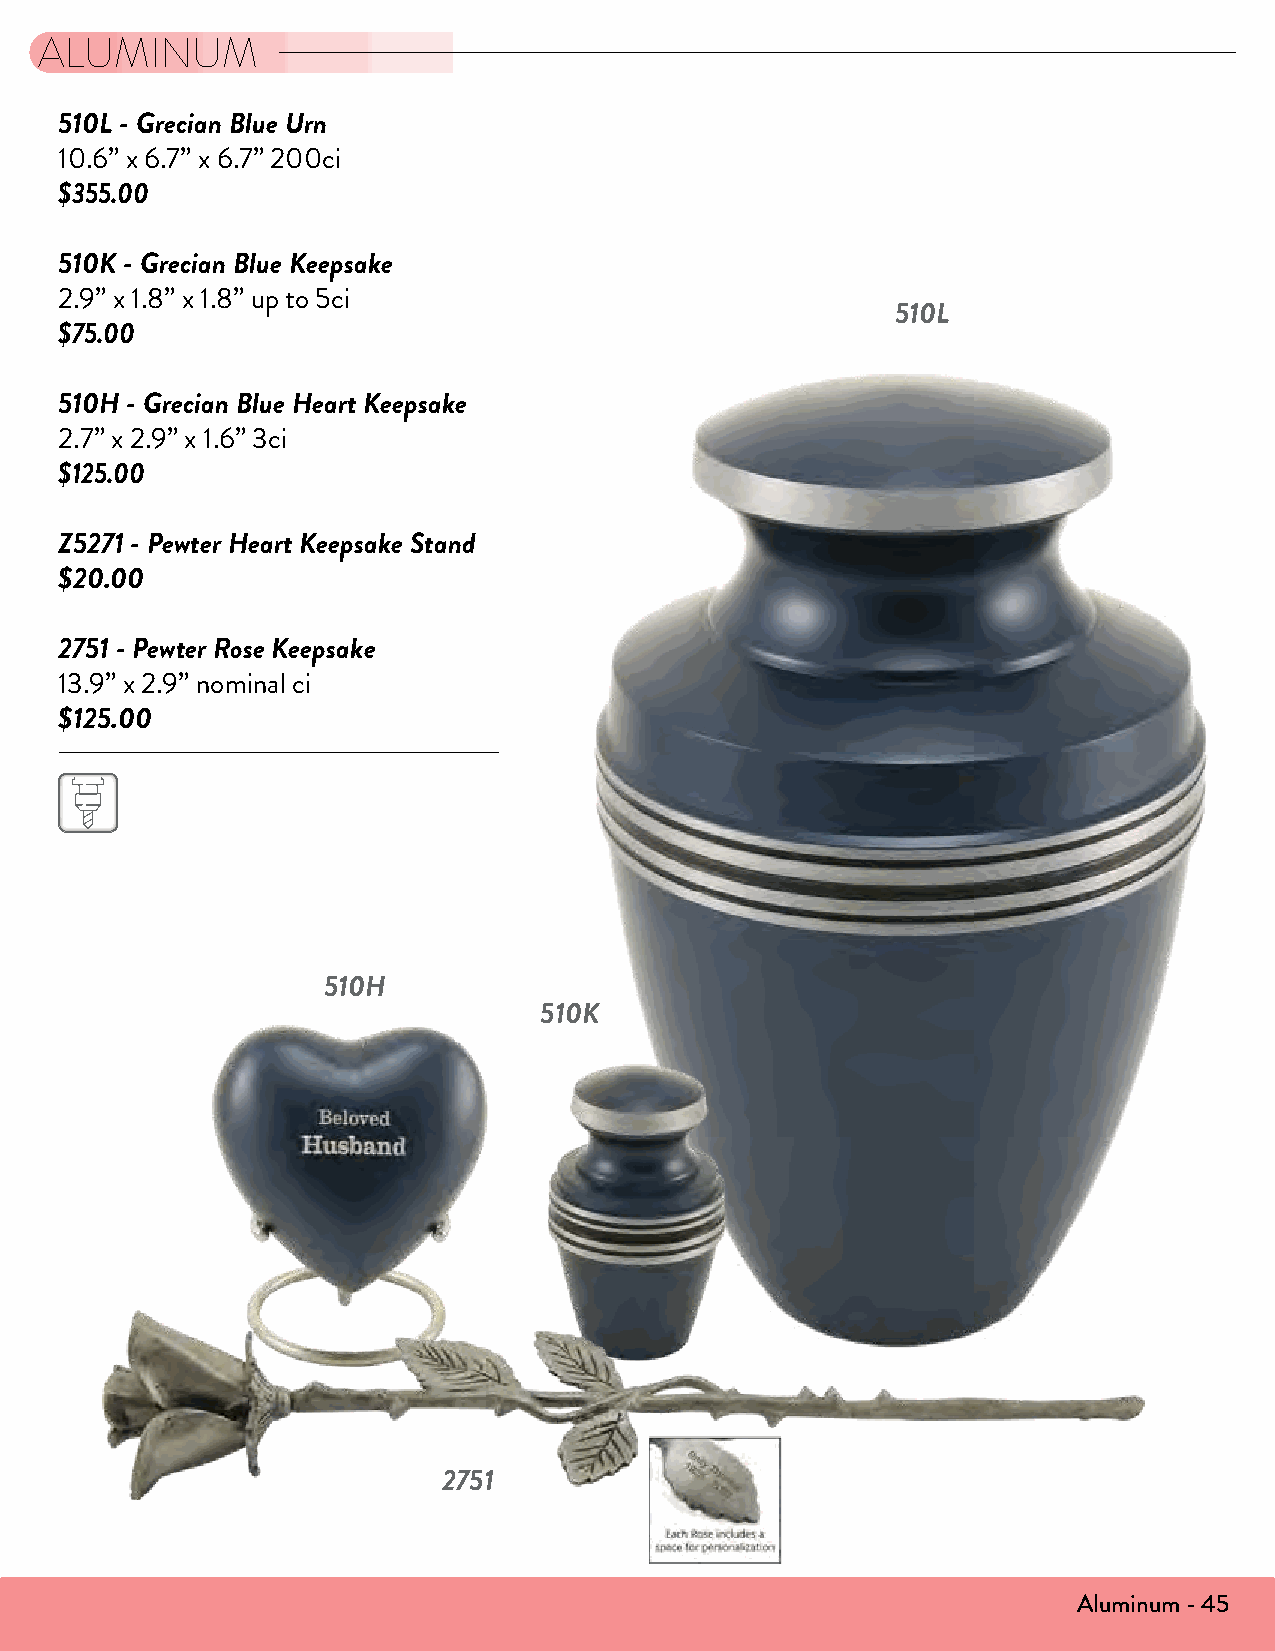
ALUMINUM
 510L - Grecian Blue Urn
 10.6” x 6.7” x 6.7” 200ci
 $355.00
 510K - Grecian Blue Keepsake
 2.9” x 1.8” x 1.8” up to 5ci
 510L
 $75.00
 510H - Grecian Blue Heart Keepsake
 2.7” x 2.9” x 1.6” 3ci
 $125.00
 Z5271 - Pewter Heart Keepsake Stand
 $20.00
 2751 - Pewter Rose Keepsake
 13.9” x 2.9” nominal ci
 $125.00
 510H
 510K
 2751
 Aluminum - 45